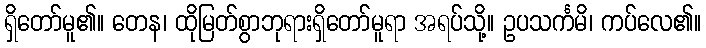
ရှိတော်မူ၏။ တေန၊ ထိုမြတ်စွာဘုရားရှိတော်မူရာ အရပ်သို့။ ဥပသင်္ကမိ၊ ကပ်လေ၏။